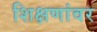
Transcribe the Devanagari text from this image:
शिक्षणांवर